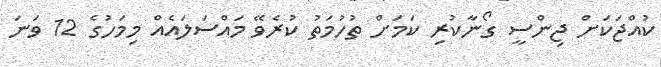
ކުއްޖަކަށް ޖިންސީ ގޯނާކުރި ކަމަށް ތުހުމަތު ކުރެވޭ މައްސަލައެއް މިމަހުގެ 12 ވަނަ